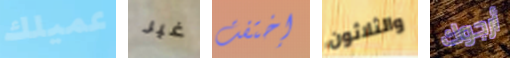
عميلك غير إختفت والثلاثون أرجوك